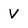
Character: V